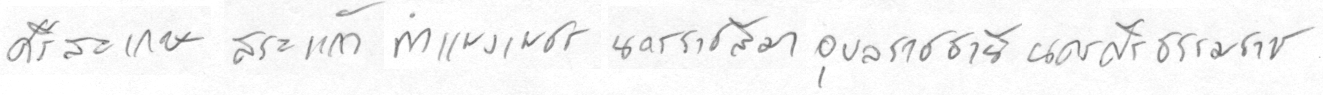
ศรีสะเกษสระแก้วกำแพงเพชรนครราชสีมาอุลราชธานีนครศรีธรรมราช